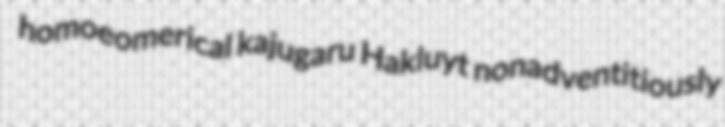
homoeomerical kajugaru Hakluyt nonadventitiously